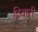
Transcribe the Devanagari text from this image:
ठिकरी